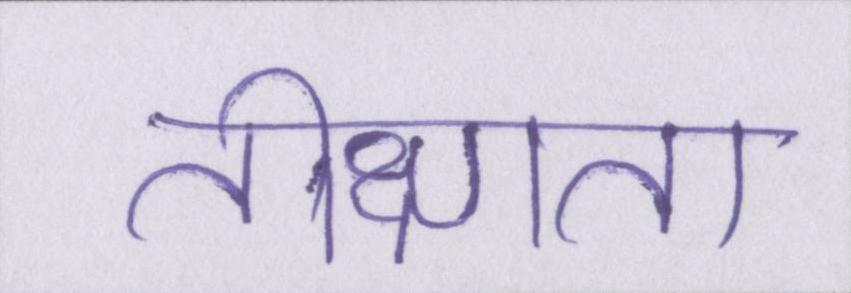
तीक्ष्णता